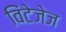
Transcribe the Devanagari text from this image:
विंटेजेज